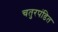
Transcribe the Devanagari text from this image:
चतुरपंडित